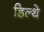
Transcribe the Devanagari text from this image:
डिल्थे